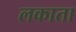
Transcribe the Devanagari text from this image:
लकाता